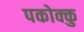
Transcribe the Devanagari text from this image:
पकोक्कु